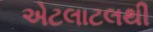
એટલાટલથી